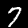
Label: 7